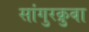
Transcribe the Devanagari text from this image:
सांगुरक्रुबा